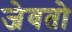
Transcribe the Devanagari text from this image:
जेवतो